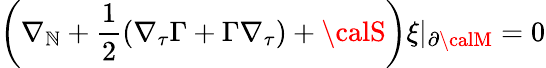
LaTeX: \left(\nabla_{\mathbb{N}}+\frac{1}{2}(\nabla_{\tau}\Gamma+\Gamma\nabla_{\tau})+{\calS}\right)\xi\vert_{\partial{\calM}}=0